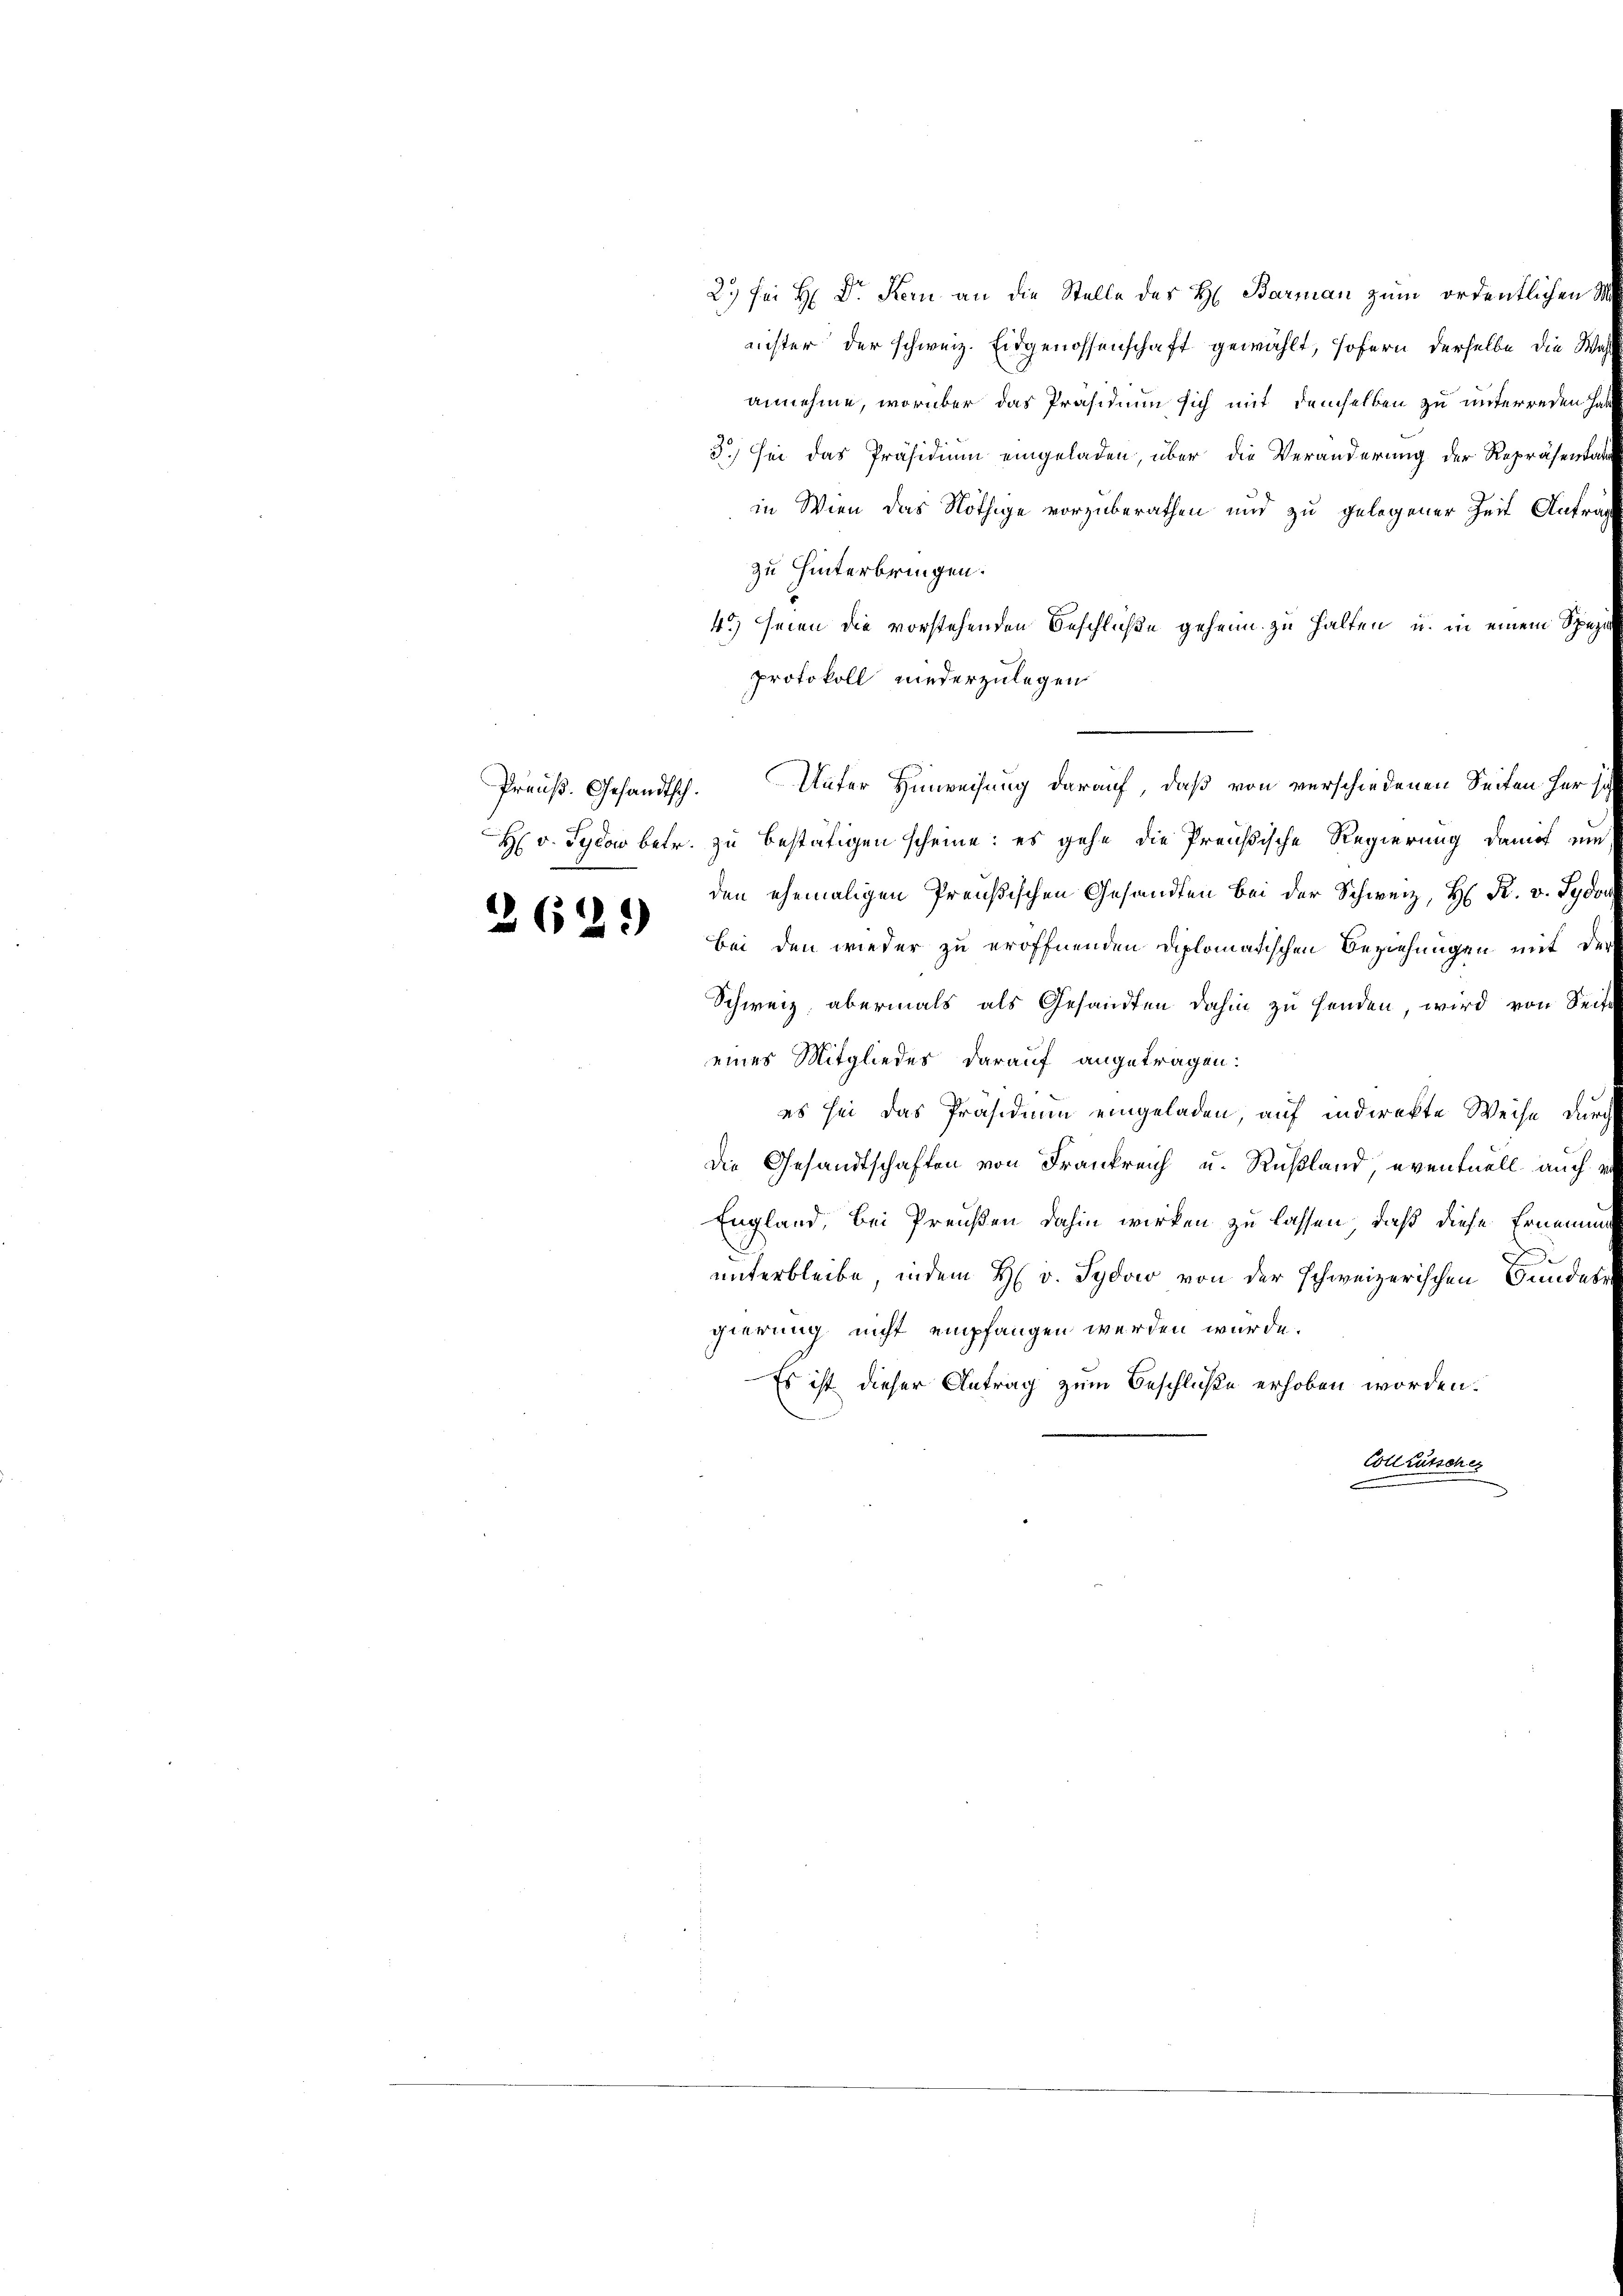
Preuß. Gesandtsch

2.) Sei H. Dr. Kern an die Stelle des H. Barman zum ordentlichen
nichter der schweiz. Eidgenossenschaft gewählt, sofern derselbe die Waannehme, worüber das Präsidium sich mit demselben zu unterreden hat
3.) Sei das Präsidium eingeladen, über die Veränderung der Repräsenta
in Wien das Nöthige vorzuberathen und zu gelegener Zeit Anfrazu hinterbringen.
4.) seien die vorstehenden Beschlüße geheim zu halten, u. in einem Spezi
protokoll niederzulegen
H v. Sylow betr. zu bestätigen scheine; es gehe die Preußische Regierung damit ei
den ehemaligen Preußischen Gesandten bei der Schweiz, H. R. v. Syd
A Code bei den wieder zu eröffnenden Diplomatischen Beziehungen mit de
Schweiz, abermals als Gesandten dahin zu senden, wird von Seieines Mitgliedes darauf angetragen:
es sei das Präsidium eingeladen, auf indirekte Weise dur
die Gesandtschaften von Frankreich u. Rußland, eventuell auch
England, bei Preußen dahin wirken zu lassen, daß diese Ernenne
F
unterbleibe, indem H. v. Sydow von der schweizerischen Gundes
gierung nicht empfangen werden würde.
Es ist dieser Antrag zum Beschluße erhoben worden.
Coll rutschez

Unter Hinweisung darauf, daß von verschiedenen Seiten her so